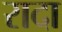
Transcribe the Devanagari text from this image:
रादा